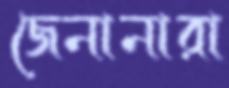
জেনানারা